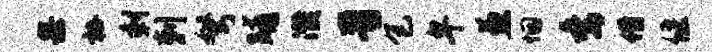
果杜剩剌弩晡濮晋包卑兼悃委借偃